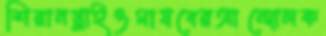
শিরানগ্লাইওমাযবেরআন্দোলক